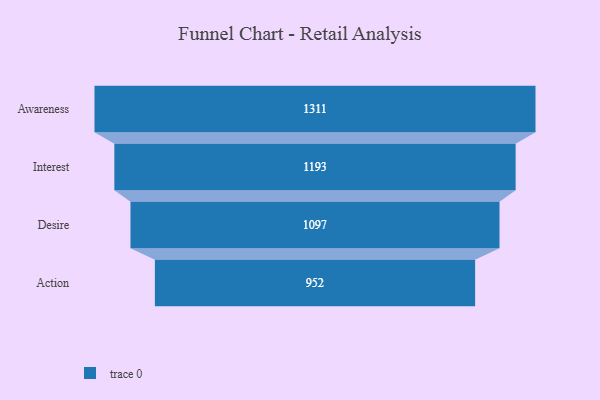
{"axis": {"x": "Stage", "y": "Value"}, "legend": [""], "data": [{"x": "Awareness", "y": 1311.0, "type": ""}, {"x": "Interest", "y": 1193.0, "type": ""}, {"x": "Desire", "y": 1097.0, "type": ""}, {"x": "Action", "y": 952.0, "type": ""}]}